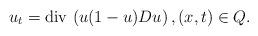
LaTeX: \begin{align*}u_{t}=\textrm{div}\,\left(u(1-u)Du\right),(x,t)\in Q.\end{align*}